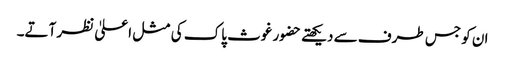
ان کو جس طرف سے دیکھتے حضور غوث پاک کی مثل اعلیٰ نظر آتے۔